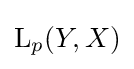
\operatorname {L} _{p}(Y,X)